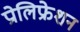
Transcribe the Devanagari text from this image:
प्रोलिफ्रेशन